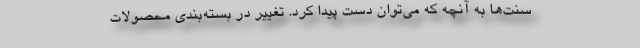
سنت‌ها به آنچه که می‌توان دست پیدا کرد. تغییر در بسته‌بندی محصولات